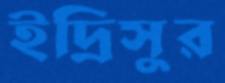
ইদ্রিসুর